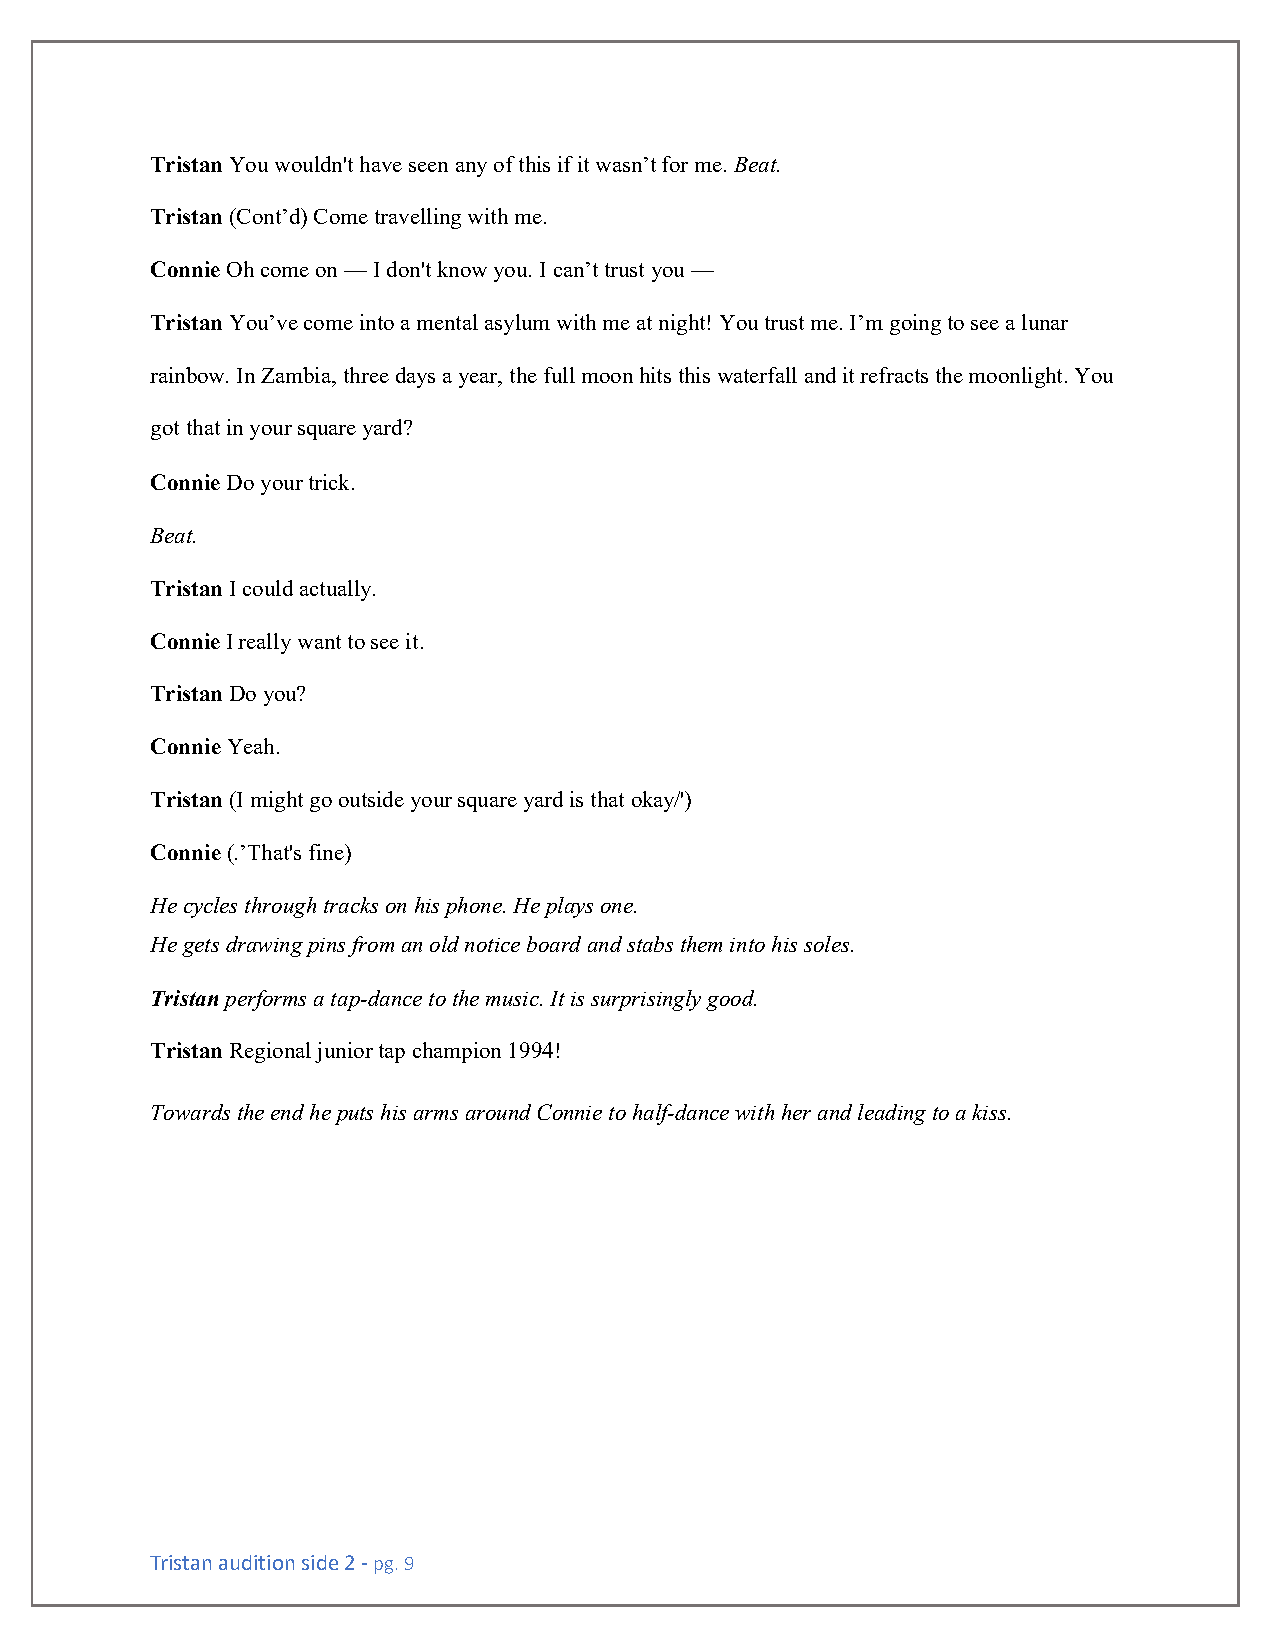
Tristan You wouldn't have seen any of this if it wasn’t for me. Beat.
 Tristan (Cont’d) Come travelling with me.
 Connie Oh come on — I don't know you. I can’t trust you —
 Tristan You’ve come into a mental asylum with me at night! You trust me. I’m going to see a lunar
 rainbow. In Zambia, three days a year, the full moon hits this waterfall and it refracts the moonlight. You
 got that in your square yard?
 Connie Do your trick.
 Beat.
 Tristan I could actually.
 Connie I really want to see it.
 Tristan Do you?
 Connie Yeah.
 Tristan (I might go outside your square yard is that okay/')
 Connie (.’That's fine)
 He cycles through tracks on his phone. He plays one.
 He gets drawing pins from an old notice board and stabs them into his soles.
 Tristan performs a tap-dance to the music. It is surprisingly good.
 Tristan Regional junior tap champion 1994!
 Towards the end he puts his arms around Connie to half-dance with her and leading to a kiss.
 Tristan audition side 2 - pg. 9